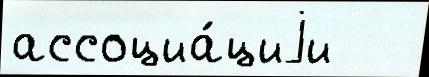
ассоциа́циjи